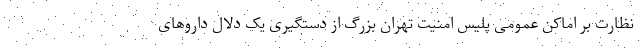
نظارت بر اماکن عمومی پلیس امنیت تهران بزرگ از دستگیری یک دلال داروهای